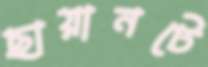
ছায়ানটে